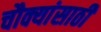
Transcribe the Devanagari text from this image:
चौक्यांसाठी